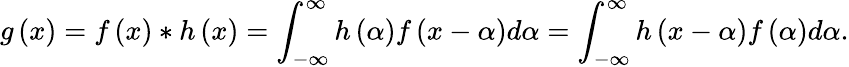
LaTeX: g\left(x\right)=f\left(x\right)*h\left(x\right)=\int_{-\infty}^{\infty}h\left(\alpha\right)f\left(x-\alpha\right)d\alpha=\int_{-\infty}^{\infty}h\left(x-\alpha\right)f\left(\alpha\right)d\alpha.